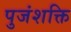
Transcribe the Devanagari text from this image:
पुजंशक्ति